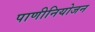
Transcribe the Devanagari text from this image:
पाणीनियोजन